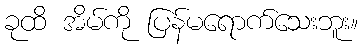
ခုထိ အိမ်ကို ပြန်မရောက်သေးဘူး။